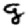
Digit: 9